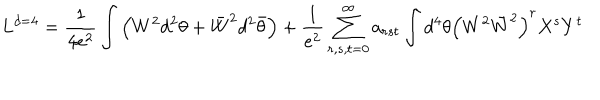
L ^ { d = 4 } = \frac { 1 } { 4 e ^ { 2 } } \int \left( W ^ { 2 } d ^ { 2 } \theta + \bar { W } ^ { 2 } d ^ { 2 } \bar { \theta } \right) + \frac { 1 } { e ^ { 2 } } \sum _ { r , s , t = 0 } ^ { \infty } a _ { r s t } \int d ^ { 4 } \theta \left( W ^ { 2 } \bar { W } ^ { 2 } \right) ^ { r } X ^ { s } Y ^ { t }